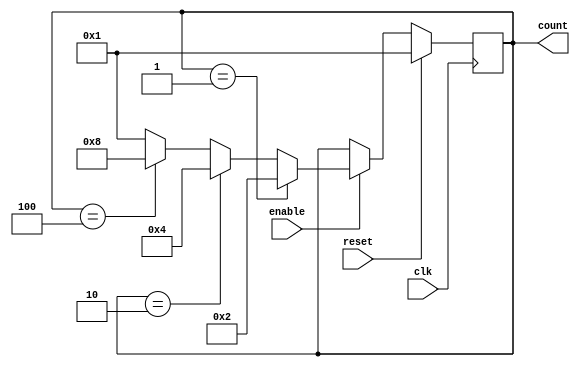
module johnson_counter (
    input clk,
    input reset,
    input enable,
    output reg [3:0] count
);

always @(posedge clk) begin
    if (reset) begin
        count <= 4'b0001; // Initial value of the counter
    end else begin
        if (enable) begin
            if (count == 4'b0001) begin
                count <= 4'b0010;
            end else if (count == 4'b0010) begin
                count <= 4'b0100;
            end else if (count == 4'b0100) begin
                count <= 4'b1000;
            end else begin
                count <= 4'b0001;
            end
        end
    end
end

endmodule